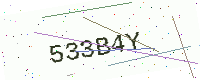
Text: 533B4Y